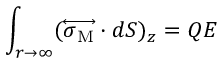
\int _ { r \to \infty } ( \overleftrightarrow { \boldsymbol { \sigma } _ { \mathrm { M } } } \cdot d \boldsymbol { S } ) _ { z } = Q E